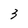
Character: 3